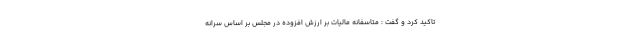
تاکید کرد و گفت : متاسفانه مالیات بر ارزش افزوده در مجلس بر اساس سرانه